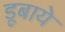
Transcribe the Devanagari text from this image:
डूबाये